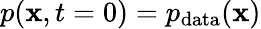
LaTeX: p(\mathbf{x},t=0)=p_{\mathrm{data}}(\mathbf{x})